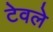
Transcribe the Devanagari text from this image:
टेवले